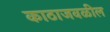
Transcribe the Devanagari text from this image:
काठाजवळील